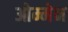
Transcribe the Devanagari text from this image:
ओम्मेन